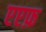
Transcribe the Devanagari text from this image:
एएफ़